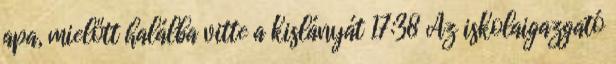
apa, mielőtt halálba vitte a kislányát 17:38 Az iskolaigazgató